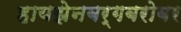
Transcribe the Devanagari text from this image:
हायझेनबर्गबरोबर